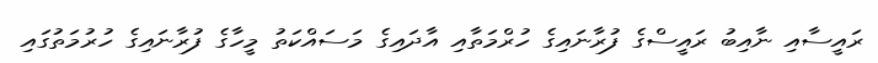
ރައީސާއި ނާއިބު ރައީސްގެ ފުރާނައިގެ ހުރްމަތާއި އާދައިގެ މަސައްކަތު މީހާގެ ފުރާނައިގެ ހުރުމަތުގައި